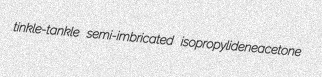
tinkle-tankle semi-imbricated isopropylideneacetone